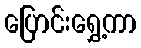
ပြောင်းရွှေ့ကာ